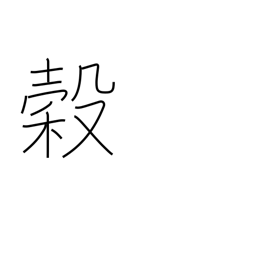
Meaning: grain